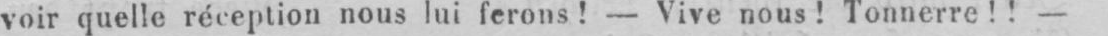
voir quelle réception nous lui ferons! - Vive nous! Tonnerre!! -